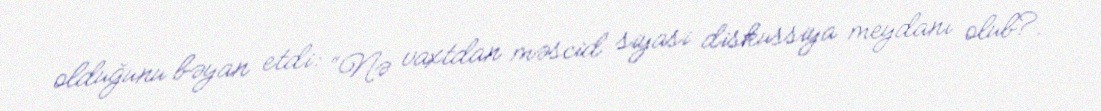
olduğunu bəyan etdi: “Nə vaxtdan məscid siyasi diskussiya meydanı olub?.